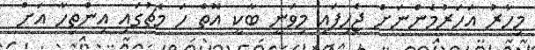
މިހާރު އަހަރުމެންނަށް ޖެހިފައި މިވަނީ ބާކީ އޮތް ހަ މެޗުގައި އިންތިހާ އަށް